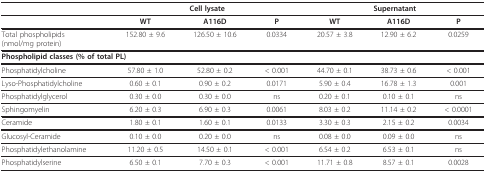
<table><thead><tr><td></td><td colspan="3"><b>Cell lysate</b></td><td colspan="3"><b>Supernatant</b></td></tr></thead><tbody><tr><td></td><td><b>WT</b></td><td><b>A116D</b></td><td><b>P</b></td><td><b>WT</b></td><td><b>A116D</b></td><td><b>P</b></td></tr><tr><td>Total phospholipids(nmol/mg protein)</td><td>152.80 ± 9.6</td><td>126.50 ± 10.6</td><td>0.0334</td><td>20.57 ± 3.8</td><td>12.90 ± 6.2</td><td>0.0259</td></tr><tr><td colspan="2"><b>Phospholipid classes (% of total PL)</b></td><td></td><td></td><td></td><td></td><td></td></tr><tr><td>Phosphatidylcholine</td><td>57.80 ± 1.0</td><td>52.80 ± 0.2</td><td>&lt; 0.001</td><td>44.70 ± 0.1</td><td>38.73 ± 0.6</td><td>&lt; 0.001</td></tr><tr><td>Lyso-Phosphatidylcholine</td><td>0.60 ± 0.1</td><td>0.90 ± 0.2</td><td>0.0171</td><td>5.90 ± 0.4</td><td>16.78 ± 1.3</td><td>0.001</td></tr><tr><td>Phosphatidylglycerol</td><td>0.30 ± 0.0</td><td>0.30 ± 0.0</td><td>ns</td><td>0.20 ± 0.1</td><td>0.10 ± 0.1</td><td>ns</td></tr><tr><td>Sphingomyelin</td><td>6.20 ± 0.3</td><td>6.90 ± 0.3</td><td>0.0061</td><td>8.03 ± 0.2</td><td>11.14 ± 0.2</td><td>&lt; 0.0001</td></tr><tr><td>Ceramide</td><td>1.80 ± 0.1</td><td>1.60 ± 0.1</td><td>0.0133</td><td>3.30 ± 0.3</td><td>2.15 ± 0.2</td><td>0.0034</td></tr><tr><td>Glucosyl-Ceramide</td><td>0.10 ± 0.0</td><td>0.20 ± 0.0</td><td>ns</td><td>0.08 ± 0.0</td><td>0.09 ± 0.0</td><td>ns</td></tr><tr><td>Phosphatidylethanolamine</td><td>11.20 ± 0.5</td><td>14.50 ± 0.1</td><td>&lt; 0.001</td><td>6.54 ± 0.2</td><td>6.53 ± 0.1</td><td>ns</td></tr><tr><td>Phosphatidylserine</td><td>6.50 ± 0.1</td><td>7.70 ± 0.3</td><td>&lt; 0.001</td><td>11.71 ± 0.8</td><td>8.57 ± 0.1</td><td>0.0028</td></tr></tbody></table>